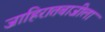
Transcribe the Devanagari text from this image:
जाहिरातबाजीला